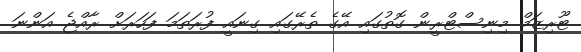
ޓޫރިޒަމް މިނިސްޓްރީން ގޮތުގައި އޭގެ ތެރޭގައި ގިނައީ ފުރަތަމަ ފަހަރަށް ރާއްޖެ އަންނަ